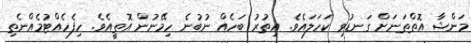
މަންޝާ އޮތްތަނަށް ގަނޑުވި ކަހަލައެވެ. އިތުރު ބަހެއް ނުބުނެ ހިމޭނުން އޮތީއެވެ. ހިފެހެއްޓުމެއްނެތި